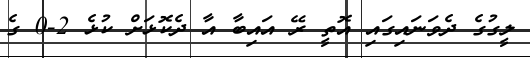
ލީގުގެ ދެވަނައިގައި އޮތީ ރޭ އައިބާ އާ ދެކޮޅަށް ކުޅެ 2-0 ގެ